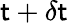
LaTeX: \mathsf{t}+\delta\mathsf{t}